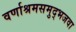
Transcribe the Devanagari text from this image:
वर्णाश्रमसमुद्भजवा